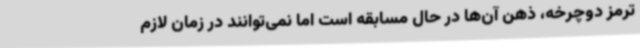
ترمز دوچرخه، ذهن آن‌ها در حال مسابقه است اما نمی‌توانند در زمان لازم